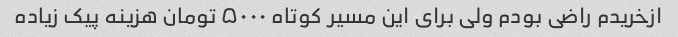
ازخریدم راضی بودم ولی برای این مسیر کوتاه ۵۰۰۰ تومان هزینه پیک زیاده